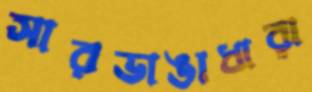
সারভাঙাধারা